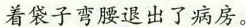
着袋子弯腰退出了病房。